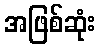
အဖြစ်ဆုံး